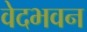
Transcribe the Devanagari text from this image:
वेदभवन